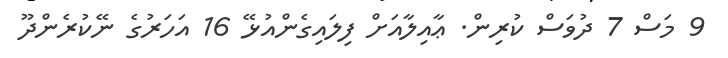
9 މަސް 7 ދުވަސް ކުރިން. ޢާއިލާއަށް ފިލައިގެންއުޅޭ 16 އަހަރުގެ ނޭކުރެންދޫ